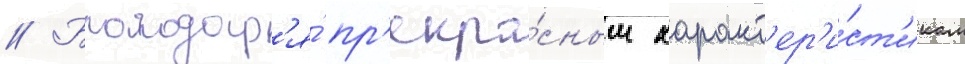
// Благодар'я́ пр'екра́сным характ'ер'и́ст'икам